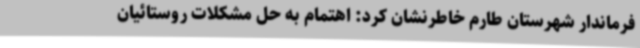
فرماندار شهرستان طارم خاطرنشان کرد: اهتمام به حل مشکلات روستائیان